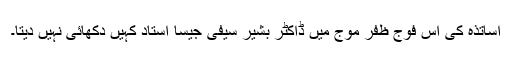
اساتذہ کی اس فوج ظفر موج میں ڈاکٹر بشیر سیفی جیسا استاد کہیں دکھائی نہیں دیتا۔